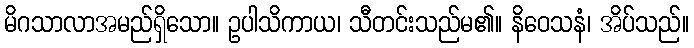
မိဂသာလာအမည်ရှိသော။ ဥပါသိကာယ၊ သီတင်းသည်မ၏။ နိဝေသနံ၊ အိပ်သည်။